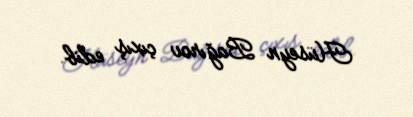
Hüseyn Bağırov çıxış edib.